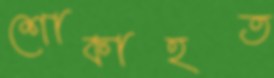
শোকাহত